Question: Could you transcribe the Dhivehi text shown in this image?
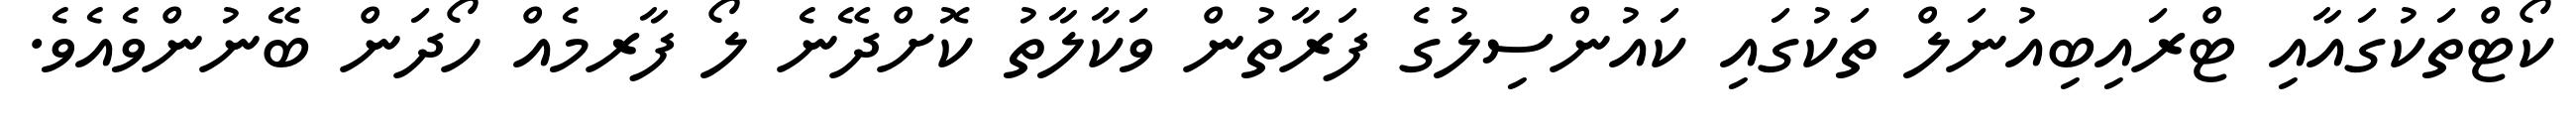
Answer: ކޯޓްތަކުގައާއި ޓްރައިބިއުނަލް ތަކުގައި ކައުންސިލުގެ ފަރާތުން ވަކާލާތު ކޮށްދޭނެ ލޯ ފާރމެއް ހޯދަން ބޭނުންވެއެވެ.